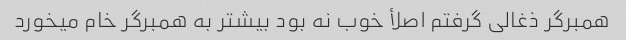
همبرگر ذغالی گرفتم اصلأ خوب نه بود بیشتر به همبرگر خام میخورد